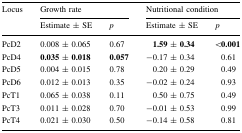
<table><thead><tr><td rowspan="2"><b>Locus</b></td><td colspan="2"><b>Growth rate</b></td><td colspan="2"><b>Nutritional condition</b></td></tr><tr><td><b>Estimate ± SE</b></td><td><b><i>p</i></b></td><td><b>Estimate ± SE</b></td><td><b><i>p</i></b></td></tr></thead><tbody><tr><td>PcD2</td><td>0.008 ± 0.065</td><td>0.67</td><td><b>1.59</b> ± <b>0.34</b></td><td>&lt;<b>0.001</b></td></tr><tr><td>PcD4</td><td><b>0.035</b> ± <b>0.018</b></td><td><b>0.057</b></td><td>−0.17 ± 0.34</td><td>0.61</td></tr><tr><td>PcD5</td><td>0.004 ± 0.015</td><td>0.78</td><td>0.20 ± 0.29</td><td>0.49</td></tr><tr><td>PcD6</td><td>0.012 ± 0.013</td><td>0.35</td><td>−0.02 ± 0.24</td><td>0.93</td></tr><tr><td>PcT1</td><td>0.065 ± 0.038</td><td>0.11</td><td>0.50 ± 0.75</td><td>0.49</td></tr><tr><td>PcT3</td><td>0.011 ± 0.028</td><td>0.70</td><td>−0.01 ± 0.53</td><td>0.99</td></tr><tr><td>PcT4</td><td>0.021 ± 0.030</td><td>0.50</td><td>−0.14 ± 0.58</td><td>0.81</td></tr></tbody></table>